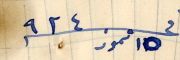
فى ١٥ تموز ٩٢٤